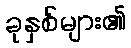
ခုနှစ်များ၏